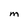
Character: M